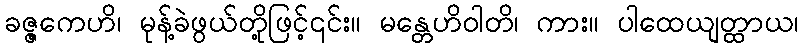
ခဇ္ဇကေဟိ၊ မုန့်ခဲဖွယ်တို့ဖြင့်၎င်း။ မန္တေဟိဝါတိ၊ ကား။ ပါထေယျတ္ထာယ၊